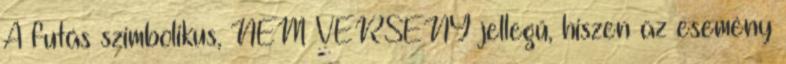
A futás szimbolikus, NEM VERSENY jellegű, hiszen az esemény